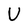
Character: U